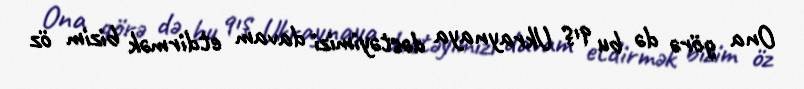
Ona görə də bu qış Ukraynaya dəstəyimizi davam etdirmək bizim öz